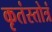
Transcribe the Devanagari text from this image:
कृतंस्तोत्रं